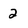
Character: 2